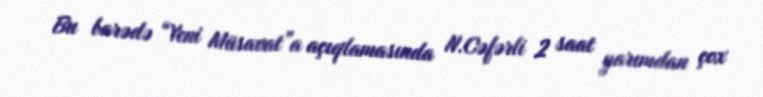
Bu barədə “Yeni Müsavat”a açıqlamasında N.Cəfərli 2 saat yarımdan çox